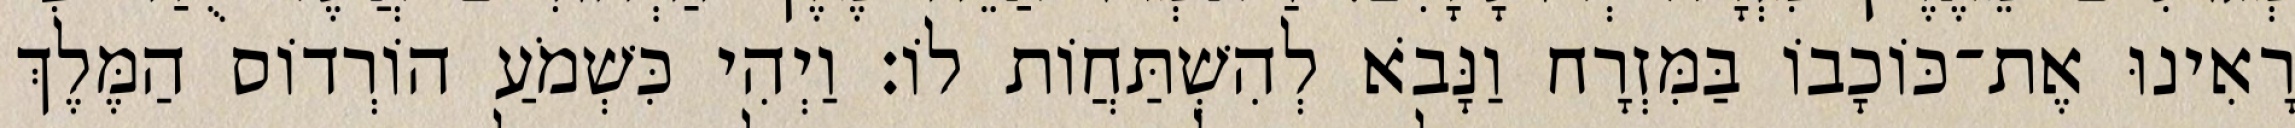
רָאִינוּ אֶת־כּוֹכָבוֹ בַּמִּזְרָח וַנָּבֹא לְהִשְׁתַּחֲוֹת לוֹ׃ וַיְהִי כִּשְׁמֹעַ הוֹרְדוֹס הַמֶּלֶךְ